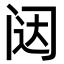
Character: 闼